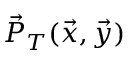
\vec { P } _ { T } ( \vec { x } , \vec { y } )